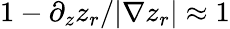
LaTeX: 1-\partial_{z}z_{r}/|\nabla z_{r}|\approx 1